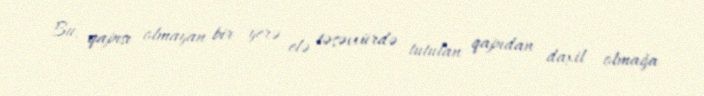
Bu, qapısı olmayan bir yerə elə təsəvvürdə tutulan qapıdan daxil olmağa